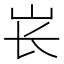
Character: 𱛏